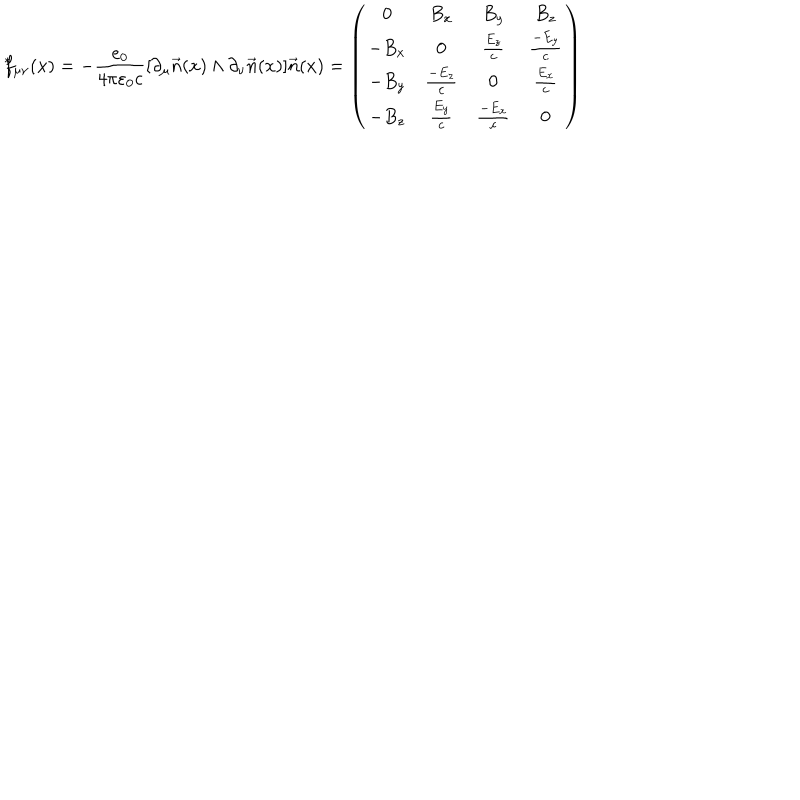
LaTeX: { \hspace { 1 m m } ^ { * } } \hspace { - 1 m m } f _ { \mu \nu } ( x ) = - \frac { e _ { 0 } } { 4 \pi \varepsilon _ { 0 } c } [ \partial _ { \mu } \vec { n } ( x ) \wedge \partial _ { \nu } \vec { n } ( x ) ] \vec { n } ( x ) = \left( \begin{array} { c c c c } { { 0 } } & { { B _ { x } } } & { { B _ { y } } } & { { B _ { z } } } \\ { { - B _ { x } } } & { { 0 } } & { { \frac { E _ { z } } { c } } } & { { \frac { - E _ { y } } { c } } } \\ { { - B _ { y } } } & { { \frac { - E _ { z } } { c } } } & { { 0 } } & { { \frac { E _ { x } } { c } } } \\ { { - B _ { z } } } & { { \frac { E _ { y } } { c } } } & { { \frac { - E _ { x } } { c } } } & { { 0 } } \\ \end{array} \right)